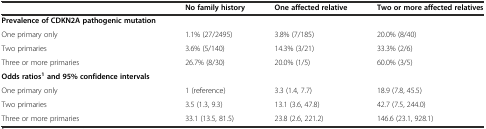
|  | No family history | One affected relative | Two or more affected relatives |
 | --- | --- | --- | --- |
 | Prevalence of CDKN2A pathogenic mutation |  |  |  |
 | One primary only | 1.1% (27/2495) | 3.8% (7/185) | 20.0% (8/40) |
 | Two primaries | 3.6% (5/140) | 14.3% (3/21) | 33.3% (2/6) |
 | Three or more primaries | 26.7% (8/30) | 20.0% (1/5) | 60.0% (3/5) |
 | Odds ratios1and 95% confidence intervals |  |  |  |
 | One primary only | 1 (reference) | 3.3 (1.4, 7.7) | 18.9 (7.8, 45.5) |
 | Two primaries | 3.5 (1.3, 9.3) | 13.1 (3.6, 47.8) | 42.7 (7.5, 244.0) |
 | Three or more primaries | 33.1 (13.5, 81.5) | 23.8 (2.6, 221.2) | 146.6 (23.1, 928.1) |